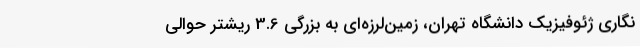
‌نگاری ژئوفیزیک دانشگاه تهران، زمین‌لرزه‌ای به بزرگی 3.6 ریشتر حوالی